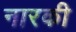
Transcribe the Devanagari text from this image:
नारकी